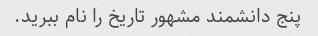
پنج دانشمند مشهور تاریخ را نام ببرید.